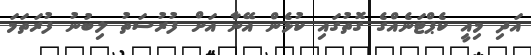
އަދި މިއީ ކެޕްޓަނެއްގެ ގޮތުގައި ކުޅެން އޭނާ އަށް ފުރުސަތު ލިބުނު ފުރަތަމަ